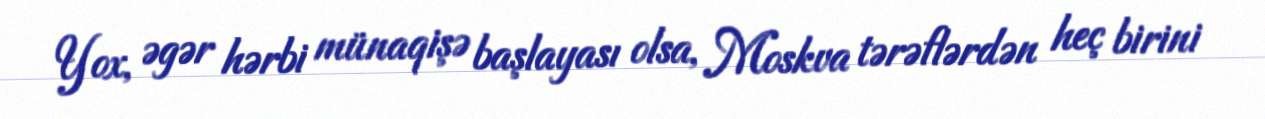
Yox, əgər hərbi münaqişə başlayası olsa, Moskva tərəflərdən heç birini